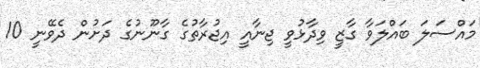
މައްސަލަ ބައްލަވާ ގާޒީ ވިދާޅުވީ ޖިނާއީ އިޖުރާތުގެ ގާނޫނުގެ ދަށުން ދެވޭނީ 10